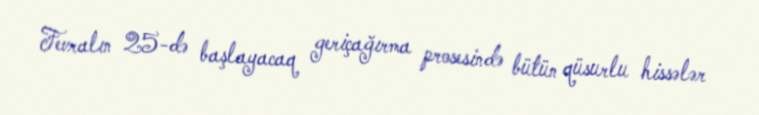
Fevralın 25-də başlayacaq geriçağırma prosesində bütün qüsurlu hissələr